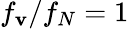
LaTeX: f_{\mathbf{v}}/f_{N}=1